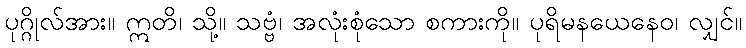
ပုဂ္ဂိုလ်အား။ ဣတိ၊ သို့။ သဗ္ဗံ၊ အလုံးစုံသော စကားကို။ ပုရိမနယေနေဝ၊ လျှင်။